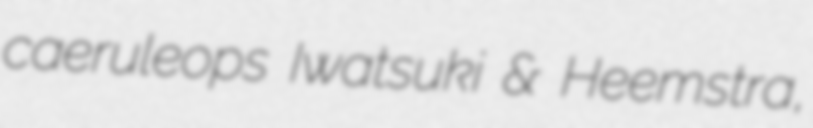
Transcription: caeruleops Iwatsuki & Heemstra,